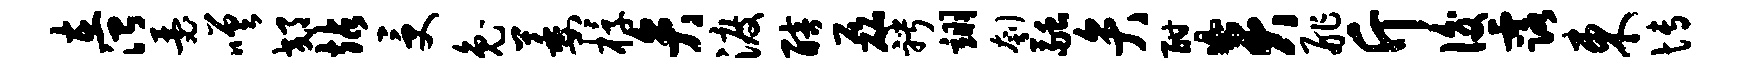
在治瑟嗟郊站受兔萎椁弁渡醅磊聘翊刳融弁酣炎舴斤后露东博